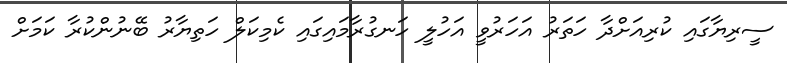
ސީރިޔާގައި ކުރިއަށްދާ ހަތަރު އަހަރުވީ އަހުލީ ހަނގުރާމައިގައި ކެމިކަލް ހަތިޔާރު ބޭނުންކުރާ ކަމަށް